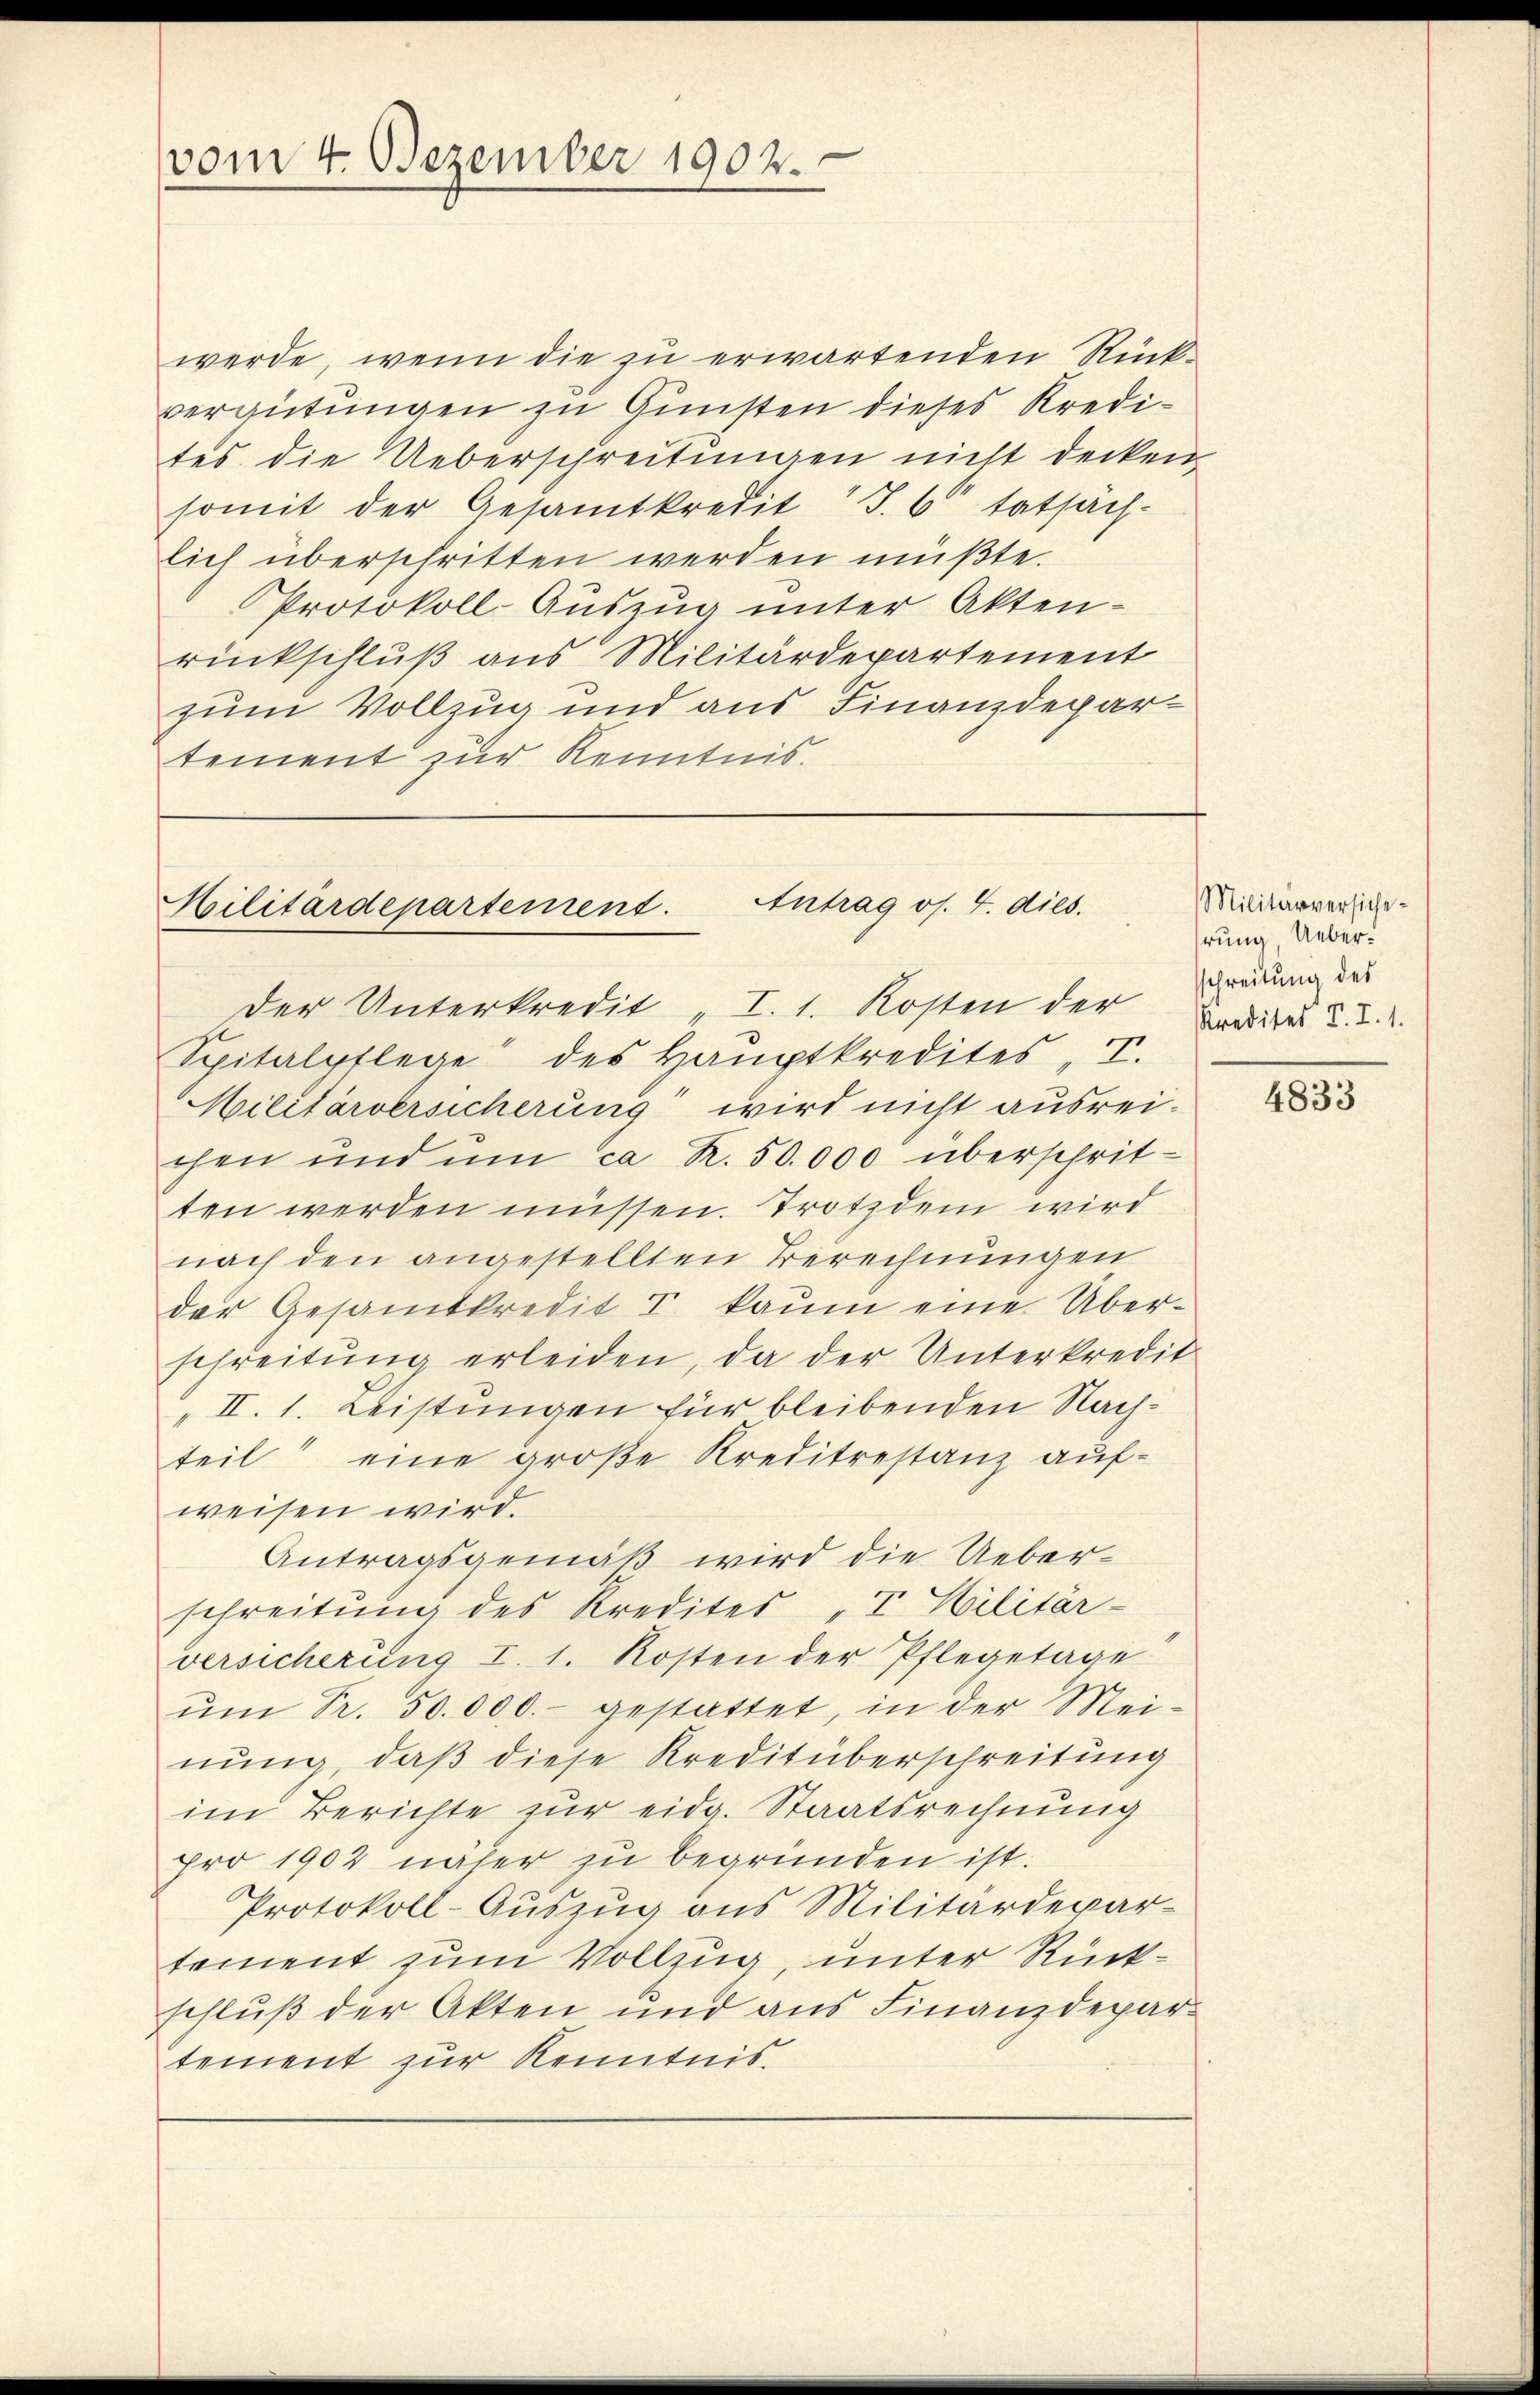
vom 4. Dezember 1902.

werde, wenn die zu erwartenden Rückvergütungen zu Gunsten dieses Kredites die Ueberschreitungen nicht decken
somit der Gesamtkredit J. 6 tatsäch-
lich überschritten werden müßte.
Protokoll-Auszug unter Akten-
rückschluß aus Militärdepartement
zum Vollzug und aus Finanzdepartement zur Kenntnis.

Antrag os. 4. dies.
Militärdepartement.

Der Unterkredit I. 1. Kosten der Landidat T. T.
Spitalpflege des Haŭptkredites, I.
Militärversicherung wird nicht ausreichen und um ca R. 50.000 überschrit-
ten werden müssen. Trotzdem wird
nach den angestellten Berechnungen
der Gesamtkredit 7 kaŭm eine Über-
schreitŭng erleiden, da der Unterkredit
„II. 1. Leistungen für bleibenden Nachteil eine große Kreditrestanz aufweisen wird.
Antragsgemäß wird die Ueberschreitung des Kredites I. Militär-
versicherung I. 1. Kosten der Pflegetage
ŭm Pr. 50.000.- gestattet, in der Mei-
nung, daß diese Kreditüberschreitung
im Berichte zur eidg. Staatsrechnung
pro 1902 näher zu begründen ist.
Protokoll-Auszug aus Militärdepar-
tement zum Vollzug, unter Rückschluß der Akten und aus Finanzdepartement zur Kenntnis.

Militärversichehrung, Uebersschreitung des

4833